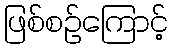
ဖြစ်စဉ်ကြောင့်